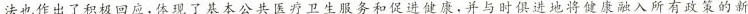
法也作出了积极回应，体现了基本公共医疗卫生服务和促进健康，并与时俱进地将健康融入所有政策的新